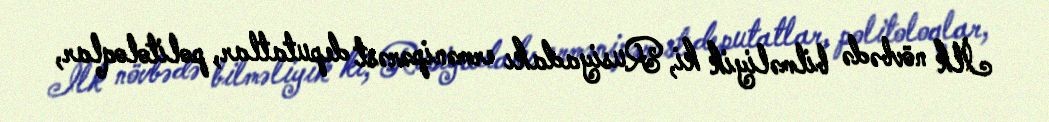
İlk növbədə bilməliyik ki, Rusiyadakı ermənipərəst deputatlar, politoloqlar,